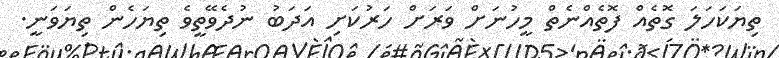
ތިޔަކަހަލަ ގޮތެއް ފޮތެއްނެތް މީހުނަށް ވަރަށް ހަރުކަށި އަދަބު ނުދެވޭތީވެ ތިޔަހެން ތިޔަވަނީ.